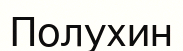
Полухин